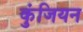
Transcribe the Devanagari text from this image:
कुंजियन